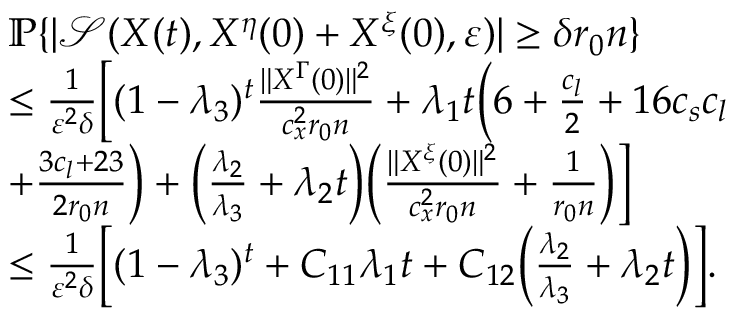
\begin{array} { r l } & { \mathbb { P } \{ | \mathcal { S } ( X ( t ) , X ^ { \eta } ( 0 ) + X ^ { \xi } ( 0 ) , \varepsilon ) | \ge \delta r _ { 0 } n \} } \\ & { \le \frac { 1 } { \varepsilon ^ { 2 } \delta } \Big [ ( 1 - \lambda _ { 3 } ) ^ { t } \frac { \| X ^ { \Gamma } ( 0 ) \| ^ { 2 } } { c _ { x } ^ { 2 } r _ { 0 } n } + \lambda _ { 1 } t \Big ( 6 + \frac { c _ { l } } { 2 } + 1 6 c _ { s } c _ { l } } \\ & { + \frac { 3 c _ { l } + 2 3 } { 2 r _ { 0 } n } \Big ) + \Big ( \frac { \lambda _ { 2 } } { \lambda _ { 3 } } + \lambda _ { 2 } t \Big ) \Big ( \frac { \| X ^ { \xi } ( 0 ) \| ^ { 2 } } { c _ { x } ^ { 2 } r _ { 0 } n } + \frac { 1 } { r _ { 0 } n } \Big ) \Big ] } \\ & { \le \frac { 1 } { \varepsilon ^ { 2 } \delta } \Big [ ( 1 - \lambda _ { 3 } ) ^ { t } + C _ { 1 1 } \lambda _ { 1 } t + C _ { 1 2 } \Big ( \frac { \lambda _ { 2 } } { \lambda _ { 3 } } + \lambda _ { 2 } t \Big ) \Big ] . } \end{array}